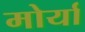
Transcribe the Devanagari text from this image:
मोर्या